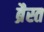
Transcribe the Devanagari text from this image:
ब्रैस्त